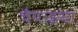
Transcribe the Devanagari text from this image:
चैपाइयां